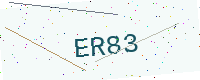
Text: ER83